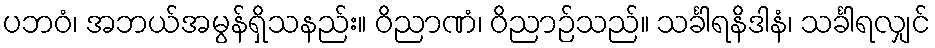
ပဘဝံ၊ အဘယ်အမွန်ရှိသနည်း။ ဝိညာဏံ၊ ဝိညာဉ်သည်။ သင်္ခါရနိဒါနံ၊ သင်္ခါရလျှင်